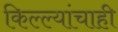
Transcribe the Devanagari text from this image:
किल्ल्यांचाही